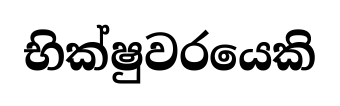
භික්ෂුවරයෙකි